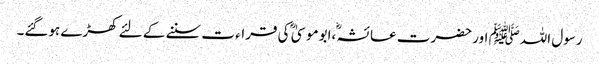
رسول اللہﷺ اور حضرت عائشہؓ ،ابوموسیٰ ؓ کی قراء ت سننے کے لئے کھڑے ہوگئے۔